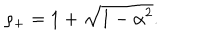
\rho _ { + } = 1 + \sqrt { 1 - \alpha ^ { 2 } } .